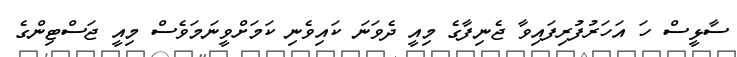
ސާޅީސް ހަ އަހަރުފުރިފައިވާ ޖެނިފާގެ މިއީ ދެވަނަ ކައިވެނި ކަމަށްވީނަމަވެސް މިއީ ޖަސްޓިންގެ